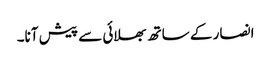
انصار کے ساتھ بھلائی سے پیش آنا۔